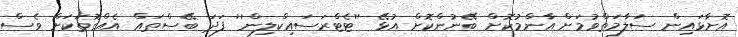
އޮށާޅައިން ސަލާމަތްވުމަށް އާންމުކޮށް ބޭނުންކޮށް އުޅޭ ''ޓެޓްރަސައިކްލިން'' ފަދަ ބޭސްތައް އެއްގޮތަކަށް ވެސް